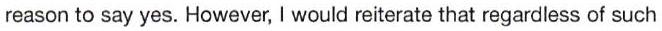
reason to say yes. However, I would reiterate that regardless of such